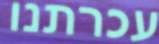
עכרתנו